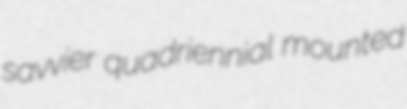
savvier quadriennial mounted